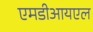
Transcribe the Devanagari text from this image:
एमडीआयएल